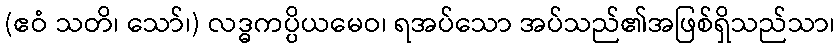
(ဧဝံ သတိ၊ သော်၊) လဒ္ဓကပ္ပိယမေဝ၊ ရအပ်သော အပ်သည်၏အဖြစ်ရှိသည်သာ၊